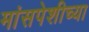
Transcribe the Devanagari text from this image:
मांसपेशीच्या